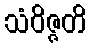
သံဝိဇ္ဇတိ